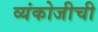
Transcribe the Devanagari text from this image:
व्यंकोजीची